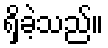
ရှိခဲ့သည်။